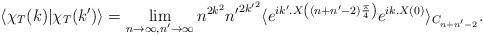
LaTeX: \begin{align*}\langle\chi_T(k)|\chi_T(k')\rangle=\lim_{n\to\infty, n'\to\infty} n^{2k^2}{n'}^{2{k'}^2}\langle e^{ik'.X\left((n+n'-2)\frac{\pi}{4}\right)} e^{ik.X(0)}\rangle_{C_{n+n'-2}} .\end{align*}